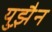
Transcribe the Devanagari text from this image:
युझ़ैन